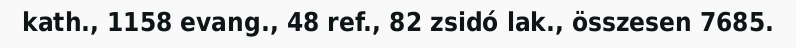
kath., 1158 evang., 48 ref., 82 zsidó lak., összesen 7685.